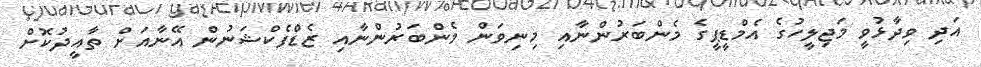
އަދި ވިދާޅުވީ މަޖިލީހުގެ އެމްޑީޕީގެ މެންބަރުންނާއި މިނިވަން މެންބަރުންނާއި ޒެޑްފެކްޝަނުން އޭނާއަށް ތާއީދުކޮށް